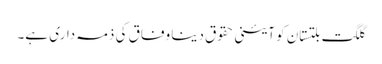
گلگت بلتستان کو آئینی حقوق دینا وفاق کی ذمہ داری ہے۔